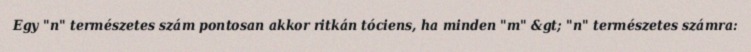
Egy "n" természetes szám pontosan akkor ritkán tóciens, ha minden "m" &gt; "n" természetes számra: